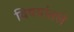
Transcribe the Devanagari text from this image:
विषयांतले